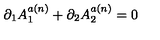
\partial _ { 1 } A _ { 1 } ^ { a ( n ) } + \partial _ { 2 } A _ { 2 } ^ { a ( n ) } = 0